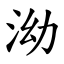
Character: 泑